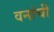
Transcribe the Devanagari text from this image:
वनांची